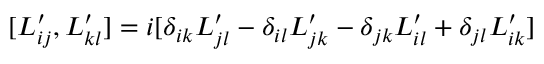
[ L _ { i j } ^ { \prime } , L _ { k l } ^ { \prime } ] = i [ \delta _ { i k } L _ { j l } ^ { \prime } - \delta _ { i l } L _ { j k } ^ { \prime } - \delta _ { j k } L _ { i l } ^ { \prime } + \delta _ { j l } L _ { i k } ^ { \prime } ] \,